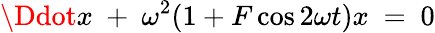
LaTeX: \Ddot{x}\ +\ \omega^{2}(1+F\cos 2\omega t)x\ =\ 0